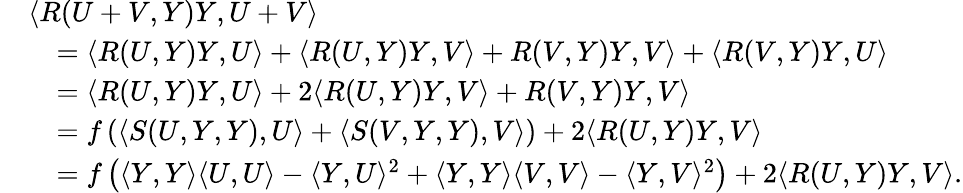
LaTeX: \begin{array}{rl}&{\langle R(U+V,Y)Y,U+V\rangle}\\ &{\quad=\langle R(U,Y)Y,U\rangle+\langle R(U,Y)Y,V\rangle+R(V,Y)Y,V\rangle+\langle R(V,Y)Y,U\rangle}\\ &{\quad=\langle R(U,Y)Y,U\rangle+2\langle R(U,Y)Y,V\rangle+R(V,Y)Y,V\rangle}\\ &{\quad=f\left(\langle S(U,Y,Y),U\rangle+\langle S(V,Y,Y),V\rangle\right)+2\langle R(U,Y)Y,V\rangle}\\ &{\quad=f\left(\langle Y,Y\rangle\langle U,U\rangle-\langle Y,U\rangle^{2}+\langle Y,Y\rangle\langle V,V\rangle-\langle Y,V\rangle^{2}\right)+2\langle R(U,Y)Y,V\rangle.}\end{array}